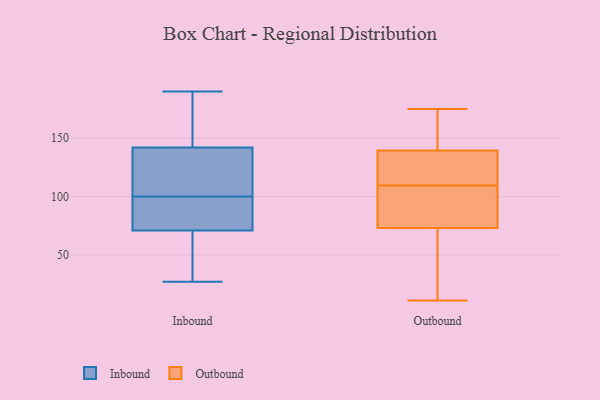
{"axis": {"x": "Customer Acquisition Cost (USD)", "y": "Value"}, "legend": ["Inbound", "Outbound"], "data": [{"x": "", "y": 36, "type": "Inbound"}, {"x": "", "y": 118, "type": "Inbound"}, {"x": "", "y": 27, "type": "Inbound"}, {"x": "", "y": 39, "type": "Inbound"}, {"x": "", "y": 62, "type": "Inbound"}, {"x": "", "y": 132, "type": "Inbound"}, {"x": "", "y": 100, "type": "Inbound"}, {"x": "", "y": 79, "type": "Inbound"}, {"x": "", "y": 185, "type": "Inbound"}, {"x": "", "y": 91, "type": "Inbound"}, {"x": "", "y": 137, "type": "Inbound"}, {"x": "", "y": 74, "type": "Inbound"}, {"x": "", "y": 157, "type": "Inbound"}, {"x": "", "y": 92, "type": "Inbound"}, {"x": "", "y": 182, "type": "Inbound"}, {"x": "", "y": 114, "type": "Inbound"}, {"x": "", "y": 190, "type": "Inbound"}, {"x": "", "y": 11, "type": "Outbound"}, {"x": "", "y": 108, "type": "Outbound"}, {"x": "", "y": 171, "type": "Outbound"}, {"x": "", "y": 83, "type": "Outbound"}, {"x": "", "y": 114, "type": "Outbound"}, {"x": "", "y": 75, "type": "Outbound"}, {"x": "", "y": 159, "type": "Outbound"}, {"x": "", "y": 140, "type": "Outbound"}, {"x": "", "y": 139, "type": "Outbound"}, {"x": "", "y": 81, "type": "Outbound"}, {"x": "", "y": 40, "type": "Outbound"}, {"x": "", "y": 74, "type": "Outbound"}, {"x": "", "y": 111, "type": "Outbound"}, {"x": "", "y": 175, "type": "Outbound"}, {"x": "", "y": 59, "type": "Outbound"}, {"x": "", "y": 17, "type": "Outbound"}, {"x": "", "y": 153, "type": "Outbound"}, {"x": "", "y": 72, "type": "Outbound"}, {"x": "", "y": 128, "type": "Outbound"}, {"x": "", "y": 114, "type": "Outbound"}]}